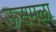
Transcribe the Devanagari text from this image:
ऊसमळा